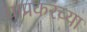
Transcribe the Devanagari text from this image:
याप्रकरच्या